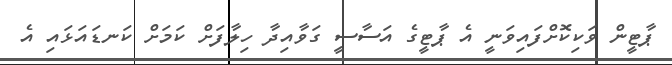
ޕާޓީން ވަކިކޮށްފައިވަނީ އެ ޕާޓީގެ އަސާސީ ގަވާއިދާ ހިލާފަށް ކަމަށް ކަނޑައަޅައި އެ